Annual report of the Punjab Veterinary College and of the Civil Veterinary Department, Punjab - 1920-1925
Year: 1920
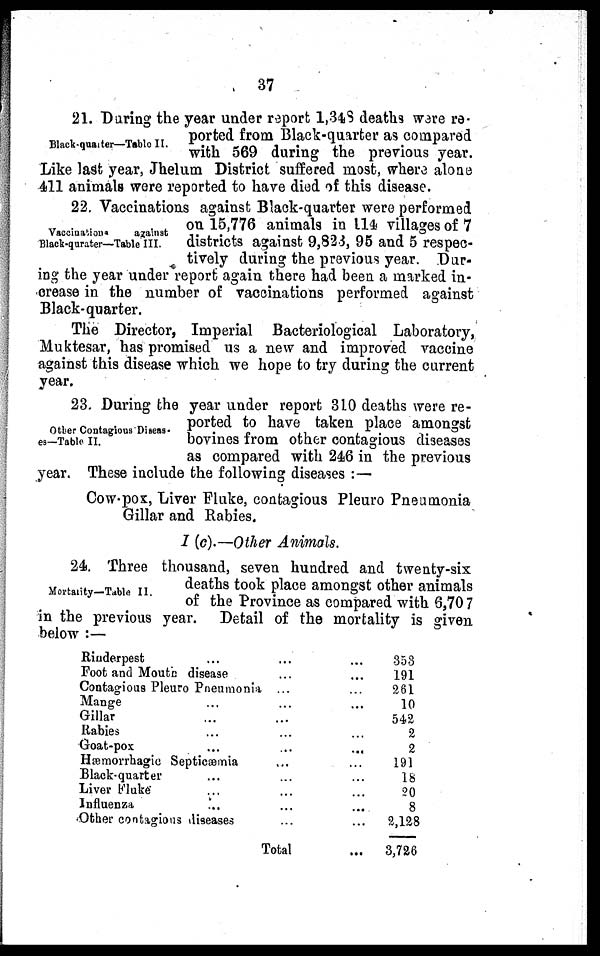
37
Black-quarter—Table II.
21. During the year under report 1,348 deaths ware re-
ported from Black-quarter as compared
with 569 during the previous year.
Like last year, Jhelum District suffered most, where alone
411 animals were reported to have died of this disease.
Vaccinations
against
Black-qurater—Table III.
22. Vaccinations against Black-quarter were performed
on 15,776 animals in 114 villages of 7
districts against 9,823, 95 and 5 respec-
tively during the previous year. Dar-
ing the year under report again there had been a marked in-
crease in the number of vaccinations performed against
Black-quarter.
The Director, Imperial Bacteriological Laboratory,
Muktesar, has promised us a new and improved vaccine
against this disease which we hope to try during the current
year.
Other Contagious Diseas-
es—Table II.
23. During the year under report 310 deaths were re-
ported to have taken place amongst
bovines from other contagious diseases
as compared with 246 in the previous
year. These include the following diseases :—
Cow-pox, Liver Fluke, contagious Pleuro Pneumonia
Gillar and Rabies.
I (c).—Other Animals.
Mortality—Table II.
24. Three thousand, seven hundred and twenty-six
deaths took place amongst other animals
of the Province as compared with 6,70 7
in the previous year. Detail of the mortality is given
below :—
Rinderpest ...
Foot and Mouth disease
Contagious Pleuro Pneumonia
Mange ...
Gillar ...
Rabies ...
Goat-pox ...
Hæmorrhagic Septicæmia
Black-quarter ...
Liver Fluke ...
Influenza ...
Other contagious diseases
...
...
...
...
...
...
...
...
...
...
...
...
Total
... 353
... 191
... 261
... 10
542
... 2
... 2
... 191
... 18
... 20
... 8
...
2,128
...
3,726